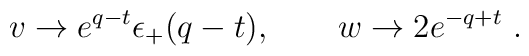
v \to e^{q-t} \epsilon_{+}(q - t), \qquad w \to 2 e^{- q + t}\ .